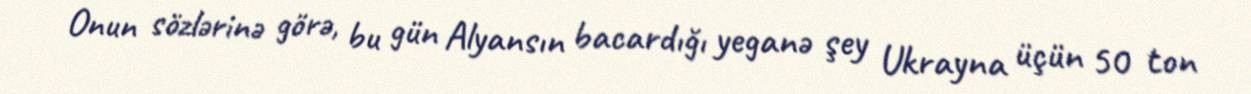
Onun sözlərinə görə, bu gün Alyansın bacardığı yeganə şey Ukrayna üçün 50 ton